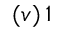
( v ) \, 1